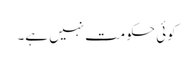
کوئی حکومت نہیں ہے۔